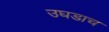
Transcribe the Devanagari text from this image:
उघडाच